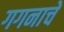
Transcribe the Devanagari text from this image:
गगनाचे